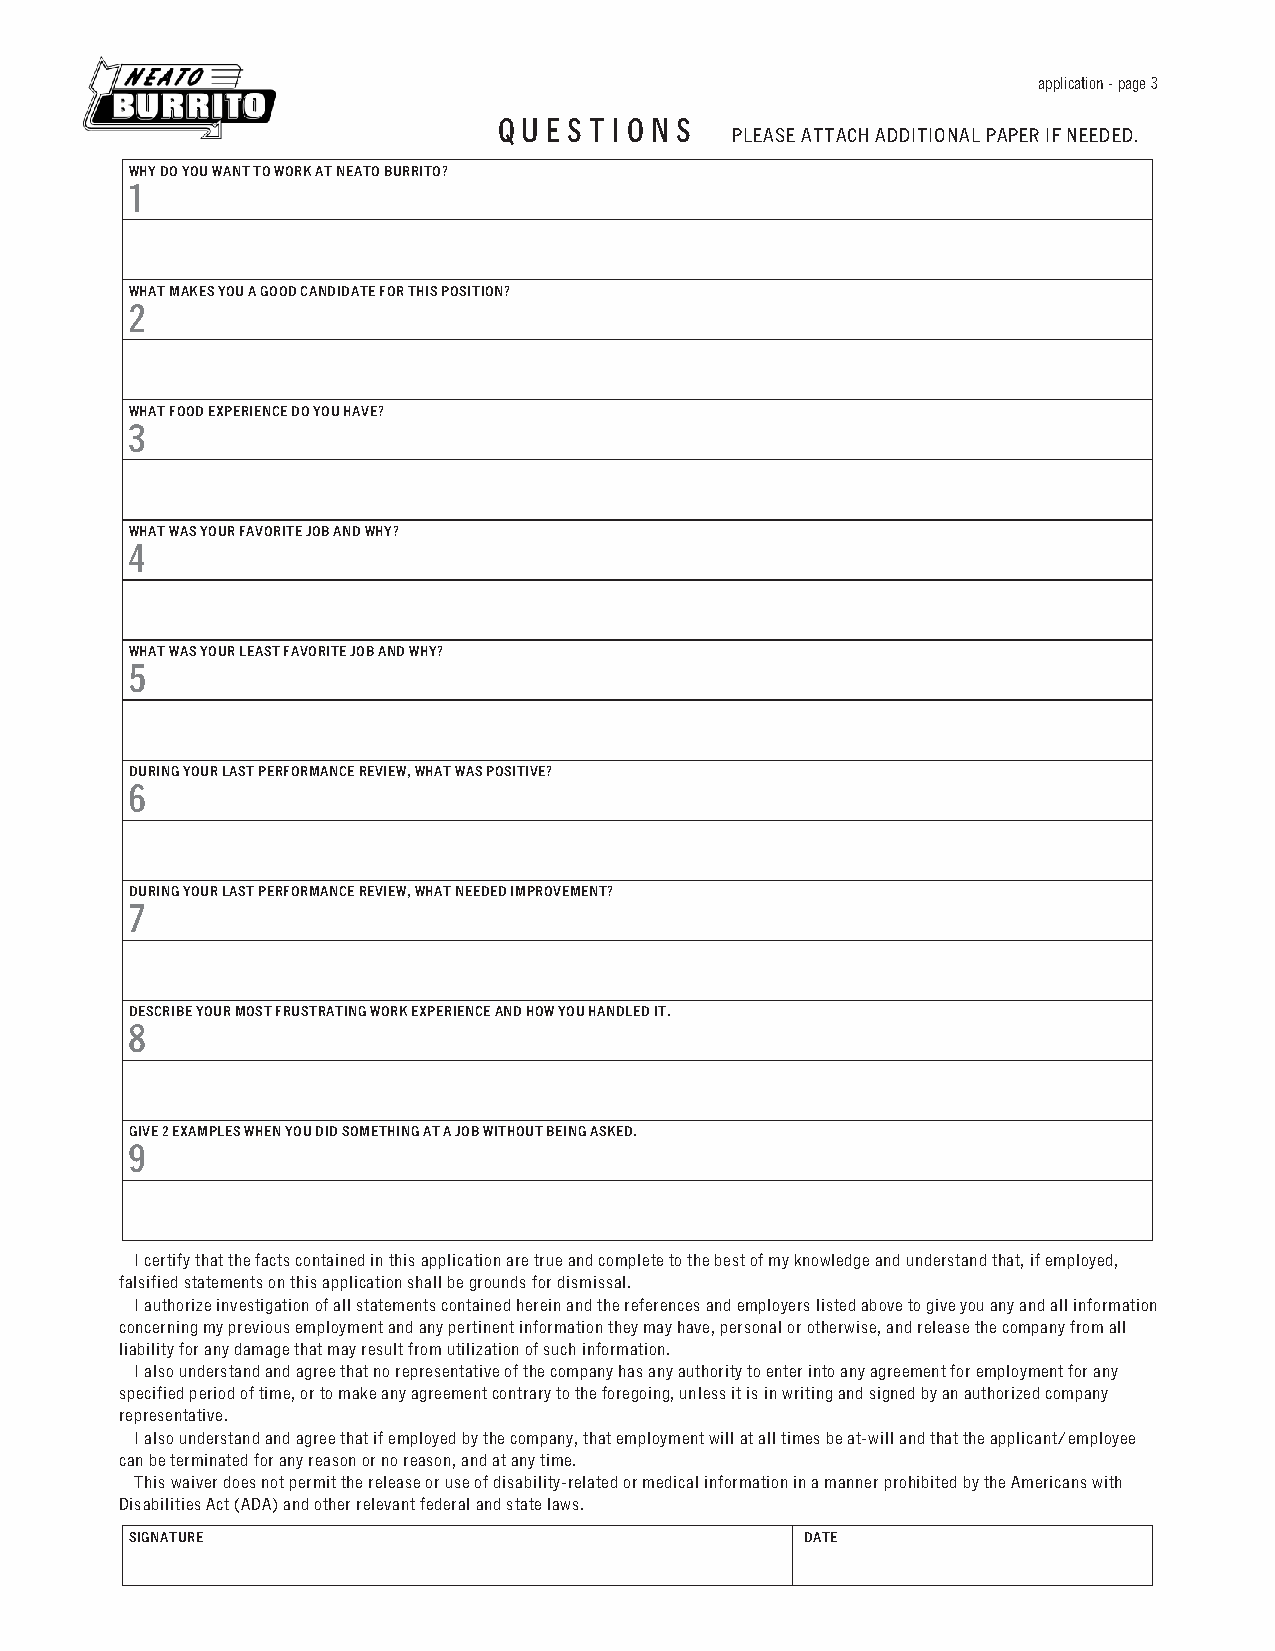
application - page 3
 Q U E S T I O N S
 PLEASE ATTACH ADDITIONAL PAPER IF NEEDED.
 WHY DO YOU WANT TO WORK AT NEATO BURRITO?
 1
 WHAT MAKES YOU A GOOD CANDIDATE FOR THIS POSITION?
 2
 WHAT FOOD EXPERIENCE DO YOU HAVE?
 3
 WHAT WAS YOUR FAVORITE JOB AND WHY?
 4
 WHAT WAS YOUR LEAST FAVORITE JOB AND WHY?
 5
 DURING YOUR LAST PERFORMANCE REVIEW, WHAT WAS POSITIVE?
 6
 DURING YOUR LAST PERFORMANCE REVIEW, WHAT NEEDED IMPROVEMENT?
 7
 DESCRIBE YOUR MOST FRUSTRATING WORK EXPERIENCE AND HOW YOU HANDLED IT.
 8
 GIVE 2 EXAMPLES WHEN YOU DID SOMETHING AT A JOB WITHOUT BEING ASKED.
 9
 I certify that the facts contained in this application are true and complete to the best of my knowledge and understand that, if employed,
 falsified statements on this application shall be grounds for dismissal.
 I authorize investigation of all statements contained herein and the references and employers listed above to give you any and all information
 concerning my previous employment and any pertinent information they may have, personal or otherwise, and release the company from all
 liability for any damage that may result from utilization of such information.
 I also understand and agree that no representative of the company has any authority to enter into any agreement for employment for any
 specified period of time, or to make any agreement contrary to the foregoing, unless it is in writing and signed by an authorized company
 representative.
 I also understand and agree that if employed by the company, that employment will at all times be at-will and that the applicant/employee
 can be terminated for any reason or no reason, and at any time.
 This waiver does not permit the release or use of disability-related or medical information in a manner prohibited by the Americans with
 Disabilities Act (ADA) and other relevant federal and state laws.
 SIGNATURE                                   DATE